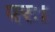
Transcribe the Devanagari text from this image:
परः।